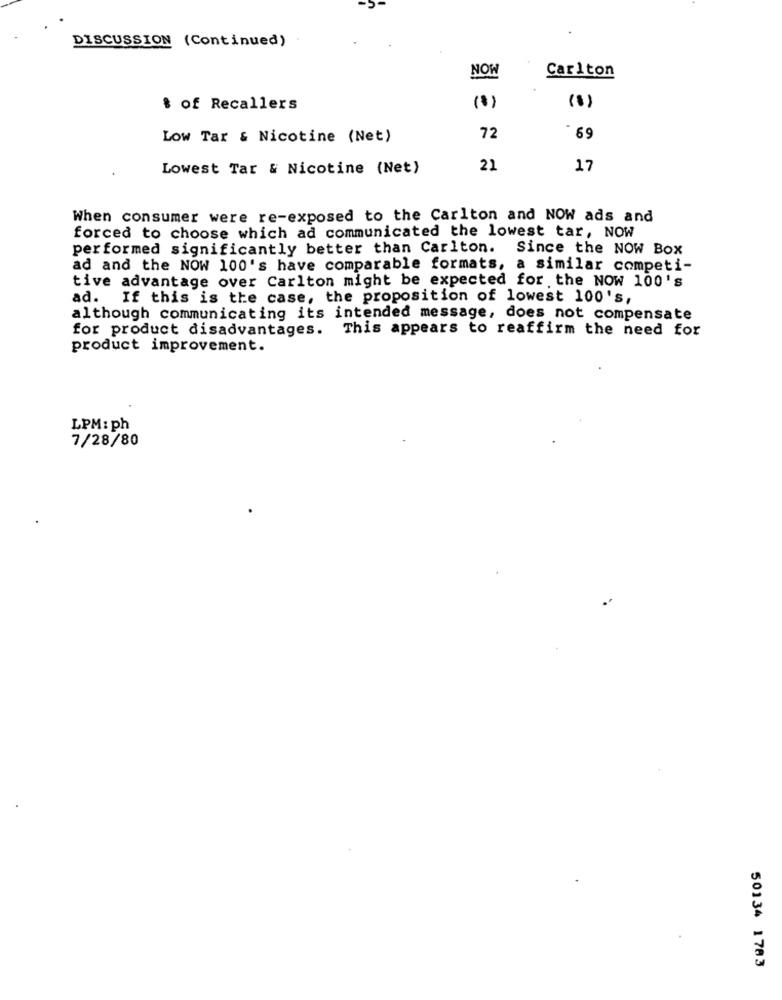
DISCUSSION (Continued)
NOW
Carlton
(0)
(1)
$ of Recallers
Low Tar & Nicotine (Net)
72
Lowest Tar & Nicotine (Net)
21
17
When consumer were re-exposed to the Carlton and NOW ads and
forced to choose which ad communicated the lowest tar, NOW
performed significantly better than Carlton.
Since the NOW Box
ad and the NOW 100's have comparable formats, a similar competi-
tive advantage over Carlton might be expected for the NOW 100's
ad. If this is the case, the proposition of lowest 100's,
although communicating its intended message, does not compensate
for product disadvantages.
This appears to reaffirm the need for
product improvement.
LPM: ph
7/28/80
50134 1783